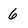
Character: 6